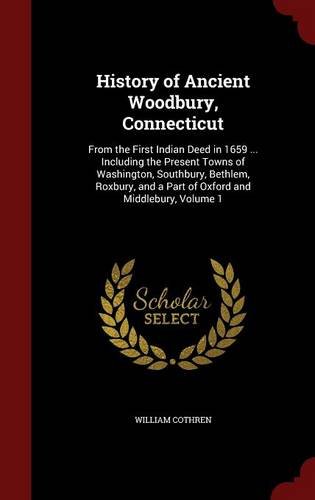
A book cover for History of Ancient Woodbury, Connecticut: From the First Indian Deed in 1659 ... Including the Present Towns of Washington, Southbury, Bethlem, Roxbury, and a Part of Oxford and Middlebury, Volume 1; William Cothren; Biographies & Memoirs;